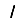
Digit: 1